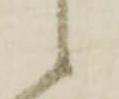
候